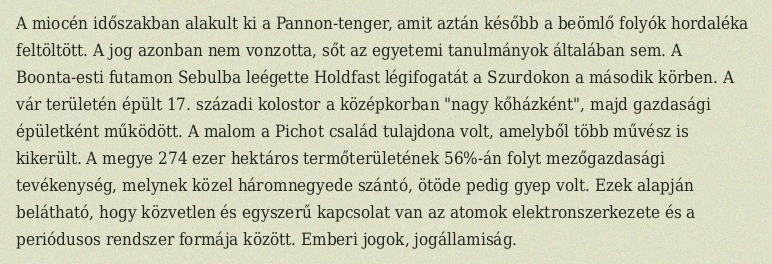
A miocén időszakban alakult ki a Pannon-tenger, amit aztán később a beömlő folyók hordaléka feltöltött. A jog azonban nem vonzotta, sőt az egyetemi tanulmányok általában sem. A Boonta-esti futamon Sebulba leégette Holdfast légifogatát a Szurdokon a második körben. A vár területén épült 17. századi kolostor a középkorban "nagy kőházként", majd gazdasági épületként működött. A malom a Pichot család tulajdona volt, amelyből több művész is kikerült. A megye 274 ezer hektáros termőterületének 56%-án folyt mezőgazdasági tevékenység, melynek közel háromnegyede szántó, ötöde pedig gyep volt. Ezek alapján belátható, hogy közvetlen és egyszerű kapcsolat van az atomok elektronszerkezete és a periódusos rendszer formája között. Emberi jogok, jogállamiság.